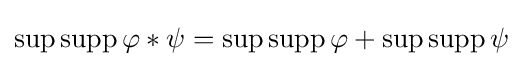
\sup \operatorname {supp} \varphi \ast \psi =\sup \operatorname {supp} \varphi +\sup \operatorname {supp} \psi